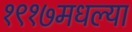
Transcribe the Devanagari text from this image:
१९१७मधल्या